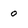
Character: 0